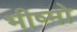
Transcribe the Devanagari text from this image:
भीष्मो